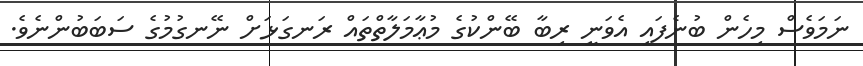
ނަމަވެސް މިހެން ބުނެފައި އެވަނީ ރިބާ ބޭންކުގެ މުޢާމަލާތްތައް ރަނގަޅަށް ނޭނގުމުގެ ސަބަބުންނެވެ.